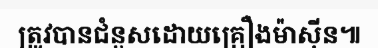
ត្រូវបានជំនួសដោយគ្រឿងម៉ាស៊ីន៕